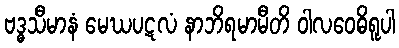
ဗဒ္ဓသီမာနံ မေဃပဋလံ နာဘိရမာမီတိ ဝါလဝေဓိရူပါ